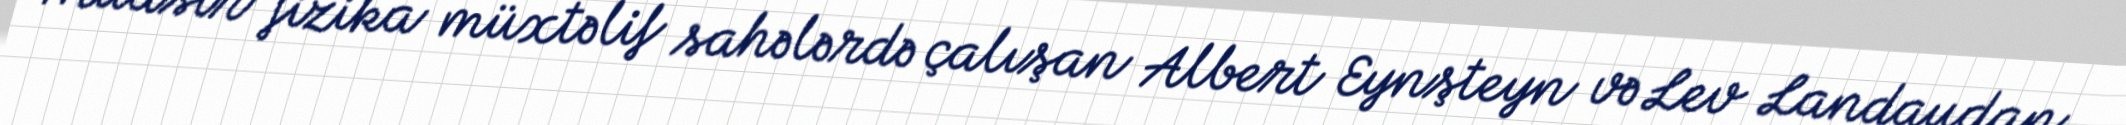
Müasir fizika müxtəlif sahələrdə çalışan Albert Eynşteyn və Lev Landaudan